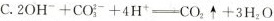
C.$$2OH^{-}+CO_{3}^{2-}+4H^{+}=CO_{2}\uparrow +3H_{2}O$$